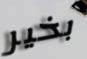
بخير